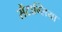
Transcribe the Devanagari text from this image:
सैंटाग्लिया